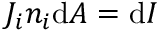
J _ { i } n _ { i } \mathrm { d } A = \mathrm { d } I \,